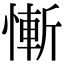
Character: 慚